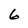
Character: 6